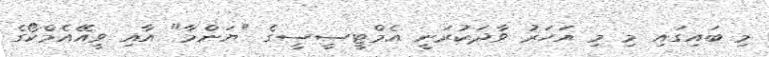
މި ބައިގައި މި މި އަހަރު ވާދަކުރަނީ އެމްޓީސީސީގެ "ޔަންމާ" އާއި ވީއޭއެމްކޯގެ